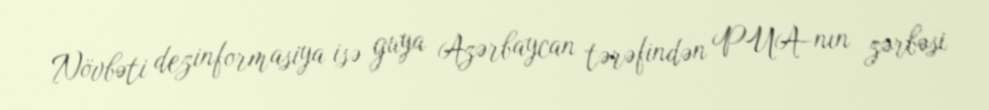
Növbəti dezinformasiya isə guya Azərbaycan tərəfindən PUA-nın zərbəsi